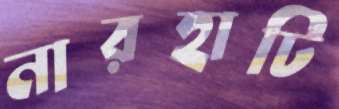
নারহাটি